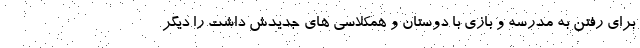
برای رفتن به مدرسه و بازی با دوستان و همکلاسی های جدیدش داشت را دیگر